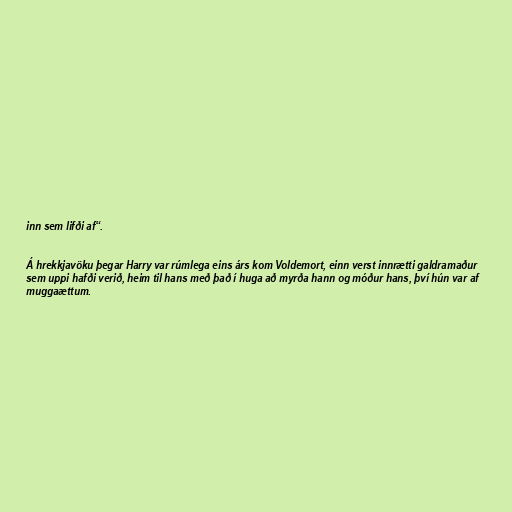
inn sem lifði af“.

Á hrekkjavöku þegar Harry var rúmlega eins árs kom Voldemort, einn verst innrætti galdramaður
sem uppi hafði verið, heim til hans með það í huga að myrða hann og móður hans, því hún var af
muggaættum.